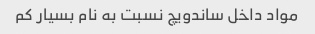
مواد داخل ساندویچ نسبت به نام بسیار کم